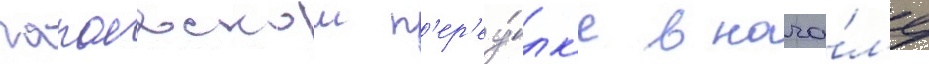
чапаевском п'ер'еу́лк'е в нача́л'е